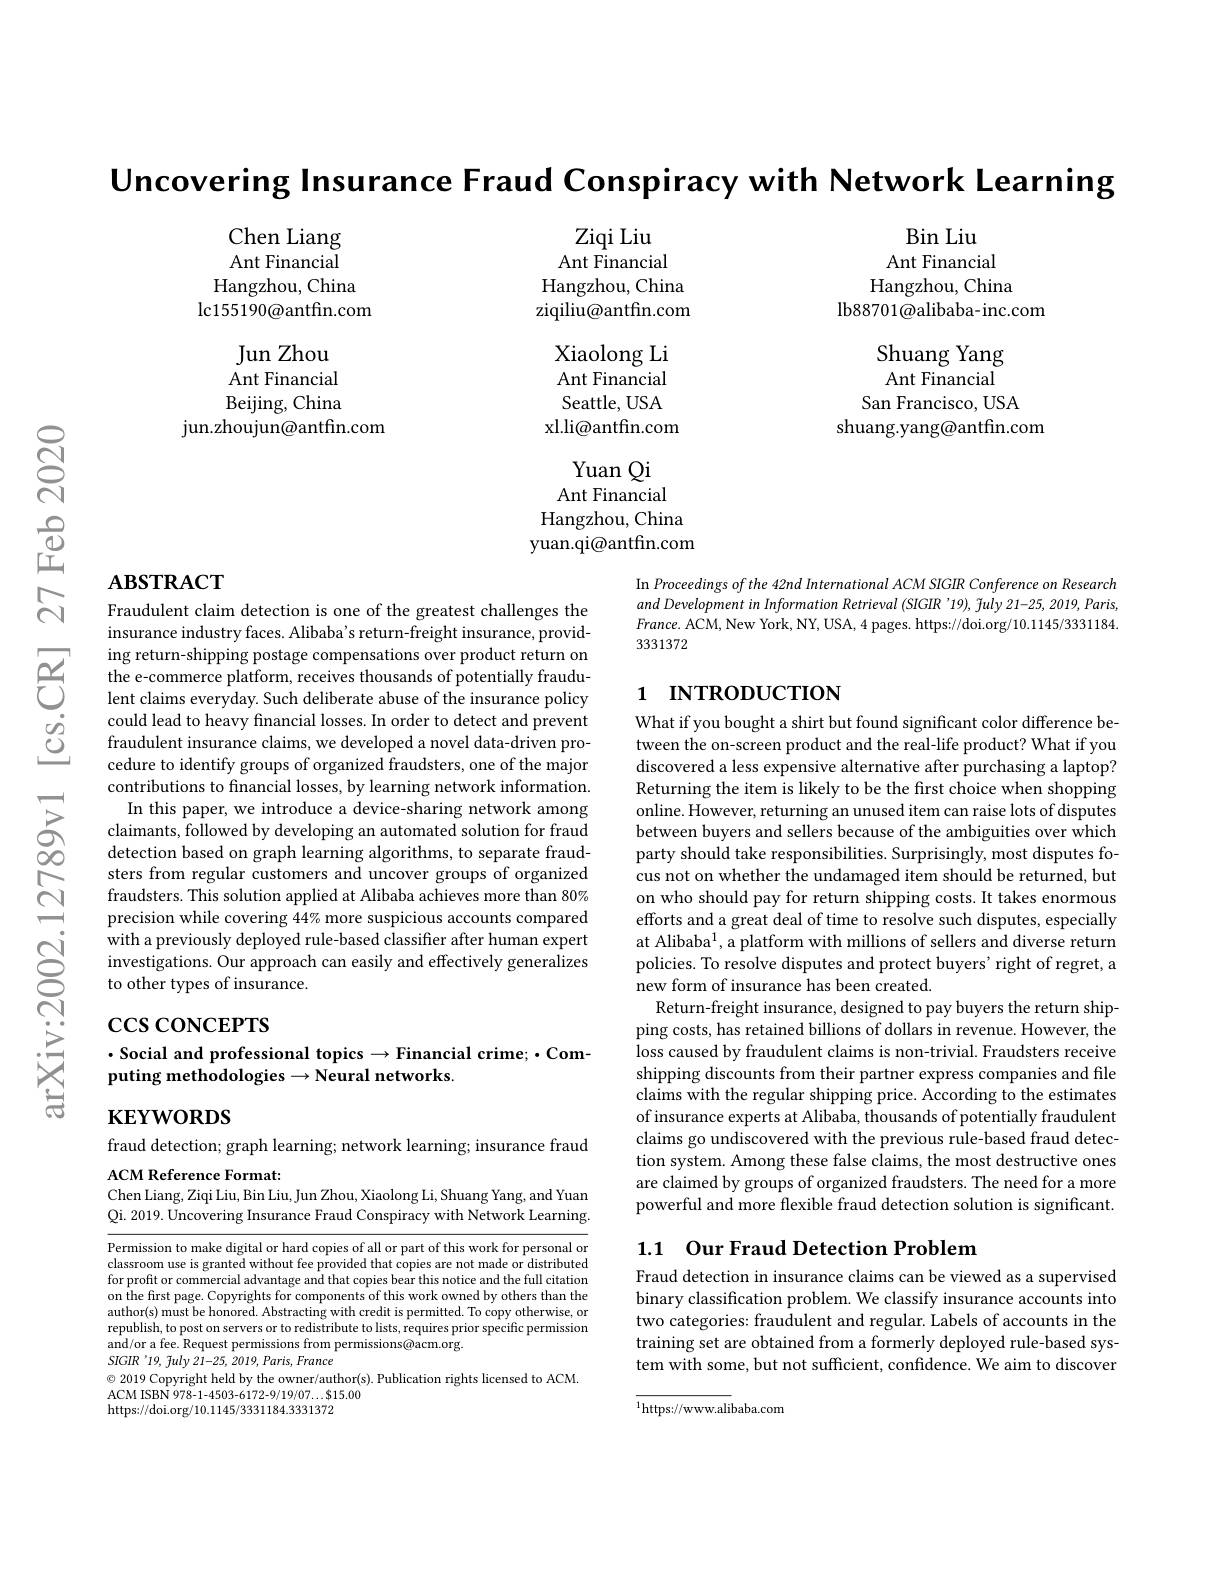
Uncovering Insurance Fraud Conspiracy with Network Learning

Ziqi Liu

Ant Financial

Bin Liu
Ant Financial Hangzhou, China
lb88701@alibaba-inc.com

Chen Liang Ant Financial Hangzhou, China lc155190@antfin.com

Hangzhou, China

ziqiliu@antfin.com

Shuang Yang Ant Financial
San Francisco, USA
shuang.yang@antfin.com

Xiaolong Li

Ant Financial

Jun Zhou Ant Financial Beijing, China
jun. zhoujun@ antfin. com

Seattle, USA

xl. li@ antfin. com

Yuan Qi

Ant Financial

Hangzhou, China

yuan.qi@antfin.com

## $\mathbf{ABSTRACT}$

In Proceedings of the 42nd International ACM SIGIR Conference on Research and Development in Information Retrieval (SIGIR '19), July 21-25, 2019, Paris, $France.$ ACM, New York, NY, USA, 4 pages. https://doi.org/10.1145/33311843331372

## 1 INTRODUCTION

Fraudulent claim detection is one of the greatest challenges the insurance industry faces. Alibaba's return-freight insurance, providing return-shipping postage compensations over product return on the e-commerce platform, receives thousands of potentially fraudulent claims everyday. Such deliberate abuse of the insurance policy could lead to heavy financial losses. In order to detect and prevent fraudulent insurance claims, we developed a novel data-driven procedure to identify groups of organized fraudsters, one of the major contributions to financial losses, by learning network information. In this paper, we introduce a device-sharing network among claimants, followed by developing an automated solution for fraud detection based on graph learning algorithms, to separate fraudsters from regular customers and uncover groups of organized fraudsters. This solution applied at Alibaba achieves more than 80% precision while covering 44% more suspicious accounts compared $\dot{\text{with a previously deployed rule-based classifier after human expert}}$ investigations. Our approach can easily and effectively generalizes to other types of insurance.

What if you bought a shirt but found significant color difference between the on-screen product and the real-life product? What if you discovered a less expensive alternative after purchasing a laptop? Returning the item is likely to be the frst choice when shopping online. However, returning an unused item can raise lots of disputes between buyers and sellers because of the ambiguities over which party should take responsibilities. Surprisingly, most disputes focus not on whether the undamaged item should be returned, but on who should pay for return shipping costs. It takes enormous efforts and a great deal of time to resolve such disputes, especially at Alibaba$^1$, a platform with millions of sellers and diverse return policies. To resolve disputes and protect buyers' right of regret, a new form of insurance has been created.
Return-freight insurance, designed to pay buyers the return shipping costs, has retained billions of dollars in revenue. However, the loss caused by fraudulent claims is non-trivial. Fraudsters receive shipping discounts from their partner express companies and file claims with the regular shipping price. According to the estimates of insurance experts at Alibaba, thousands of potentially fraudulent claims go undiscovered with the previous rule-based fraud detection system. Among these false claims, the most destructive ones are claimed by groups of organized fraudsters. The need for a more powerful and more flexible fraud detection solution is significant.

$\csc\csc$coNCEPTS

## $\cdot$Social and professional topics$\to$Financial crime;$\bullet$Computing methodologies$\to$Neural networks.

$\mathbf{KEYWORDS}$

fraud detection; graph learning; network learning; insurance fraud
ACM Reference Format:

Chen Liang, Ziqi Liu, Bin Liu, Jun Zhou, Xiaolong Li, Shuang Yang, and Yuan

Qi. 2019. Uncovering Insurance Fraud Conspiracy with Network Learning.

# 1.1 Our Fraud Detection Problem

Fraud detection in insurance claims can be viewed as a supervised binary classification problem. We classify insurance accounts into two categories: fraudulent and regular. Labels of accounts in the training set are obtained from a formerly deployed rule-based system with some, but not sufficient, confidence. We aim to discover

Permission to make digital or hard copies of all or part of this work for personal or classroom use is granted without fee provided that copies are not made or distributed for profit or commercial advantage and that copies bear this notice and the full citation on the first page. Copyrights for components of this work owned by others than the author(s) must be honored. Abstracting with credit is permitted. To copy otherwise, or republish, to post on servers or to redistribute to lists, requires prior specific permission and/or a fee. Request permissions from permissions@acm.org.
$SIGIR$'19, fuly 21-25, 2019, Paris, France
$\textcircled{\circ}$ 2019 Copyright held by the owner/author(s). Publication rights licensed to ACM.
ACM ISBN 978-1-4503-6172-9/19/07...$15.00
https://doi.org/10.1145/3331184.3331372

${\overline{{^{1}\mathrm{https://www.alibaba.com}}}}$